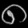
Digit: ၈